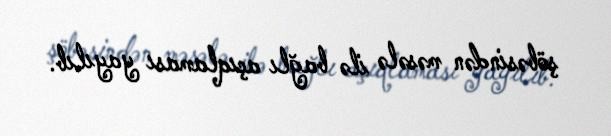
şöbəsindən məsələ ilə bağlı açıqlaması yayılıb.